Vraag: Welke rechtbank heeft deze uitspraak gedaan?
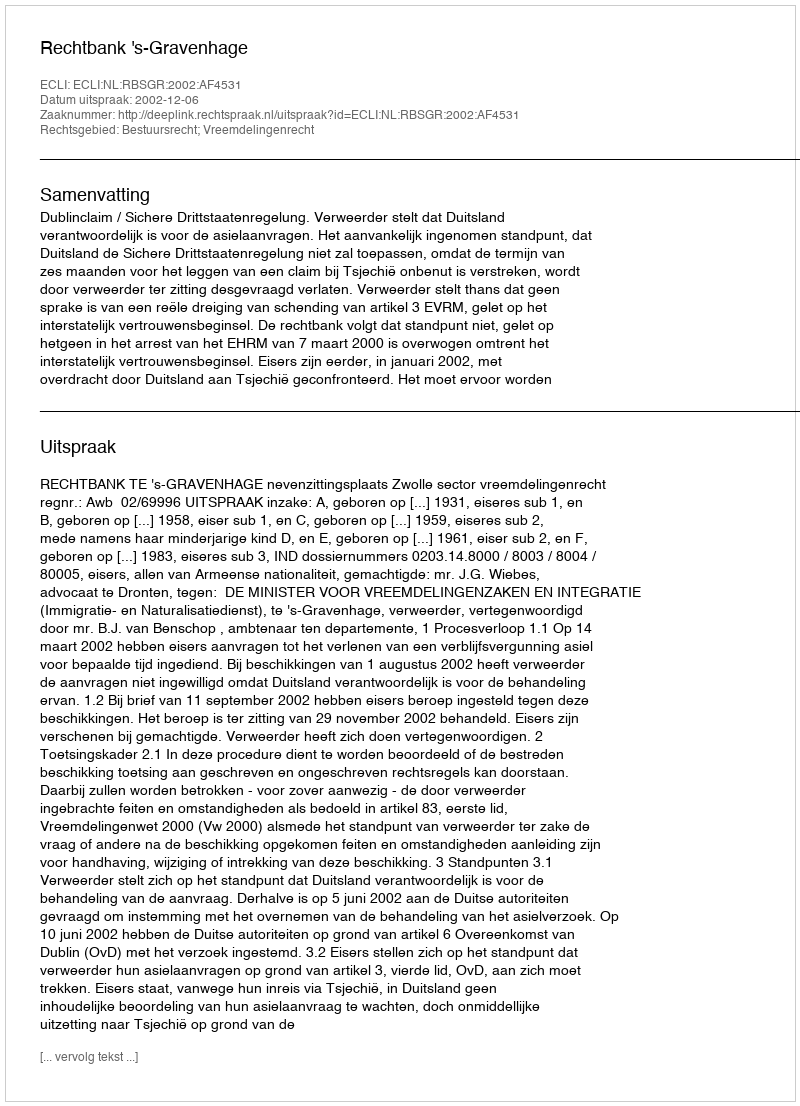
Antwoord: Rechtbank 's-Gravenhage